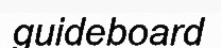
guideboard